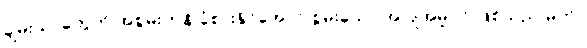
ချမ်းသာတွေကို အစွမ်းကုန် ခံစားနိုင်အောင် စွမ်းသော အပြုအမူပင် ဖြစ်သည် မှတ်။